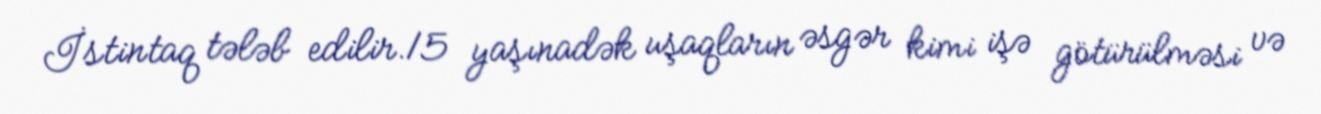
İstintaq tələb edilir.15 yaşınadək uşaqların əsgər kimi işə götürülməsi və